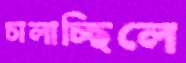
চালাচ্ছিলে